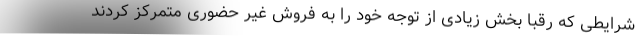
شرایطی که رقبا بخش زیادی از توجه خود را به فروش غیر حضوری متمرکز کردند